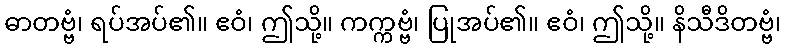
ဓာတဗ္ဗံ၊ ရပ်အပ်၏။ ဧဝံ၊ ဤသို့။ ကက္ကဗ္ဗံ၊ ပြုအပ်၏။ ဧဝံ၊ ဤသို့။ နိသီဒိတဗ္ဗံ၊